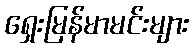
ရှေးမြန်မာမင်းများ